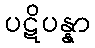
ပဋိပန္နာ